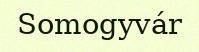
Somogyvár